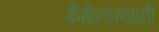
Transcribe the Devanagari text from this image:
ईमेलमध्ये